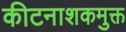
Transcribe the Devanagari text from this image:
कीटनाशकमुक्त